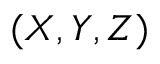
( X , Y , Z )